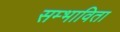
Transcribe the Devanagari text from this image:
सम्भाविता